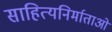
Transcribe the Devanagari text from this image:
साहित्यनिर्माताओं